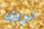
نووى